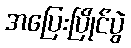
အပြေးပြိုင်ပွဲ